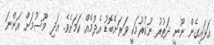
އަޅައިގެން ނޫނީ ދަތުރު ނުކުރުމަކީ ވަރަށްބޮޑު އެދުމެއް ކަމަށެވެ. އަދި މޫސުމަށް އަންނަ